Annual report on the health of the army in India
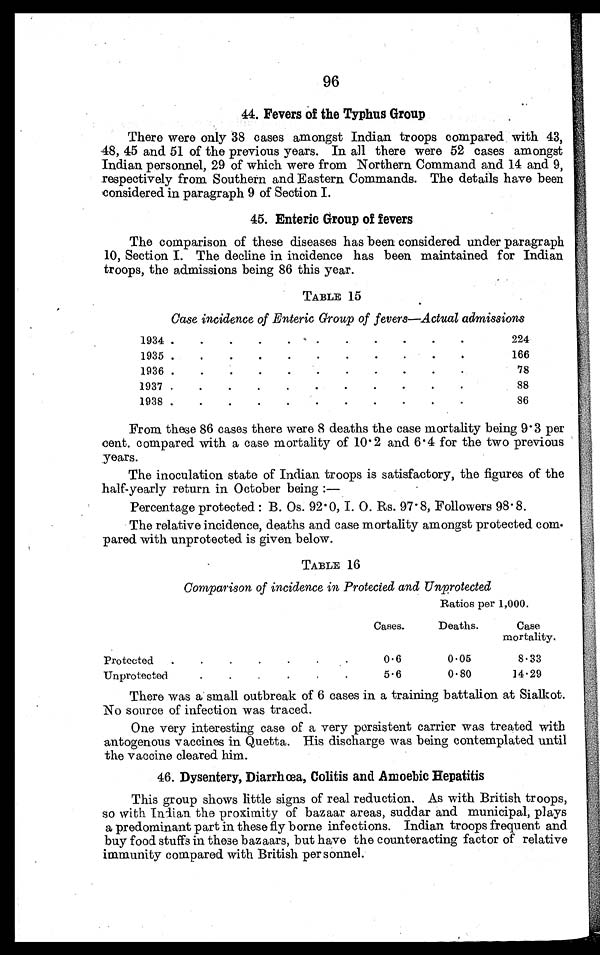
96
44. Fevers of the Typhus Group
There were only 38 cases amongst Indian troops compared with 43,
48, 45 and 51 of the previous years. In all there were 52 cases amongst
Indian personnel, 29 of which were from Northern Command and 14 and 9,
respectively from Southern and Eastern Commands. The details have been
considered in paragraph 9 of Section I.
45. Enteric Group of fevers
The comparison of these diseases has been considered under paragraph
10, Section I. The decline in incidence has been maintained for Indian
troops, the admissions being 86 this year.
TABLE 15
Case incidence of Enteric Group of fevers—Actual admissions
1934 .
.
.
•
•
•
•
•
•
•
•
224
1935 .
.
.
.
.
•
.
•
•
•
•
166
1936 .
.
.
.
.
.
.
•
•
•
•
78
1937 .
.
.
.
.
.
.
•
.
•
88
1938 .
.
.
.
.
•
•
.
•
.
•
86
From these 86 cases there were 8 deaths the case mortality being 9.3 per
cent. compared with a case mortality of 10.2 and 6.4 for the two previous
years.
The inoculation state of Indian troops is satisfactory, the figures of the
half-yearly return in October being :
—
Percentage protected : B. Os. 92.0, I. O. Rs. 97.8, Followers 98.8.
The relative incidence, deaths and case mortality amongst protected co
m-pared with unprotected is given below.
TABLE 16
Comparison of incidence in Protected and Unprotected
Ratios per 1,000.
Cases.
Deaths.
Case
mortality
Protected
.
.
.
.•
0.6
0.05
8.33
Unprotected.
.
.
.
.
.
.
5.6
0.80
14.29
There was a small outbreak of 6 cases in a training battalion at Sialkot.
No source of infection was traced.
One very interesting case of a very persistent carrier was treated with
antogenous vaccines in Quetta. His discharge was being contemplated until
the vaccine cleared him.
46. Dysentery, Diarrhœa, Colitis and Amoebic Hepatitis
This group shows little signs of real reduction. As with British troops,
so with Indian the proximity of bazaar areas, suddar and municipal, plays
a predominant part in these fly borne infections. Indian troops frequent and
buy food stuffs in these bazaars, but have the counteracting factor of relative
immunity compared with British personnel.